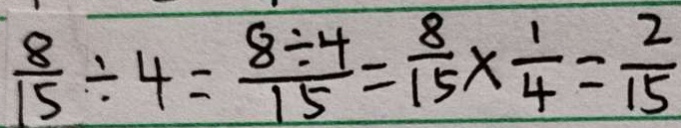
\frac { 8 } { 1 5 } \div 4 = \frac { 8 \div 4 } { 1 5 } = \frac { 8 } { 1 5 } \times \frac { 1 } { 4 } = \frac { 2 } { 1 5 }